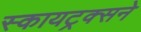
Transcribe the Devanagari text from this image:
स्कायट्रक्सने